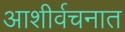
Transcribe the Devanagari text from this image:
आशीर्वचनात